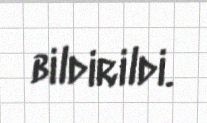
bildirildi.